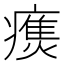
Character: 𰤃